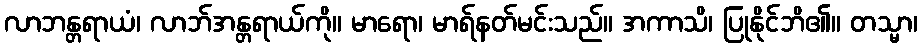
လာဘန္တရာယံ၊ လာဘ်အန္တရာယ်ကို။ မာရော၊ မာရ်နတ်မင်းသည်။ အကာသိ၊ ပြုနိုင်ဘိ၏။ တသ္မာ၊